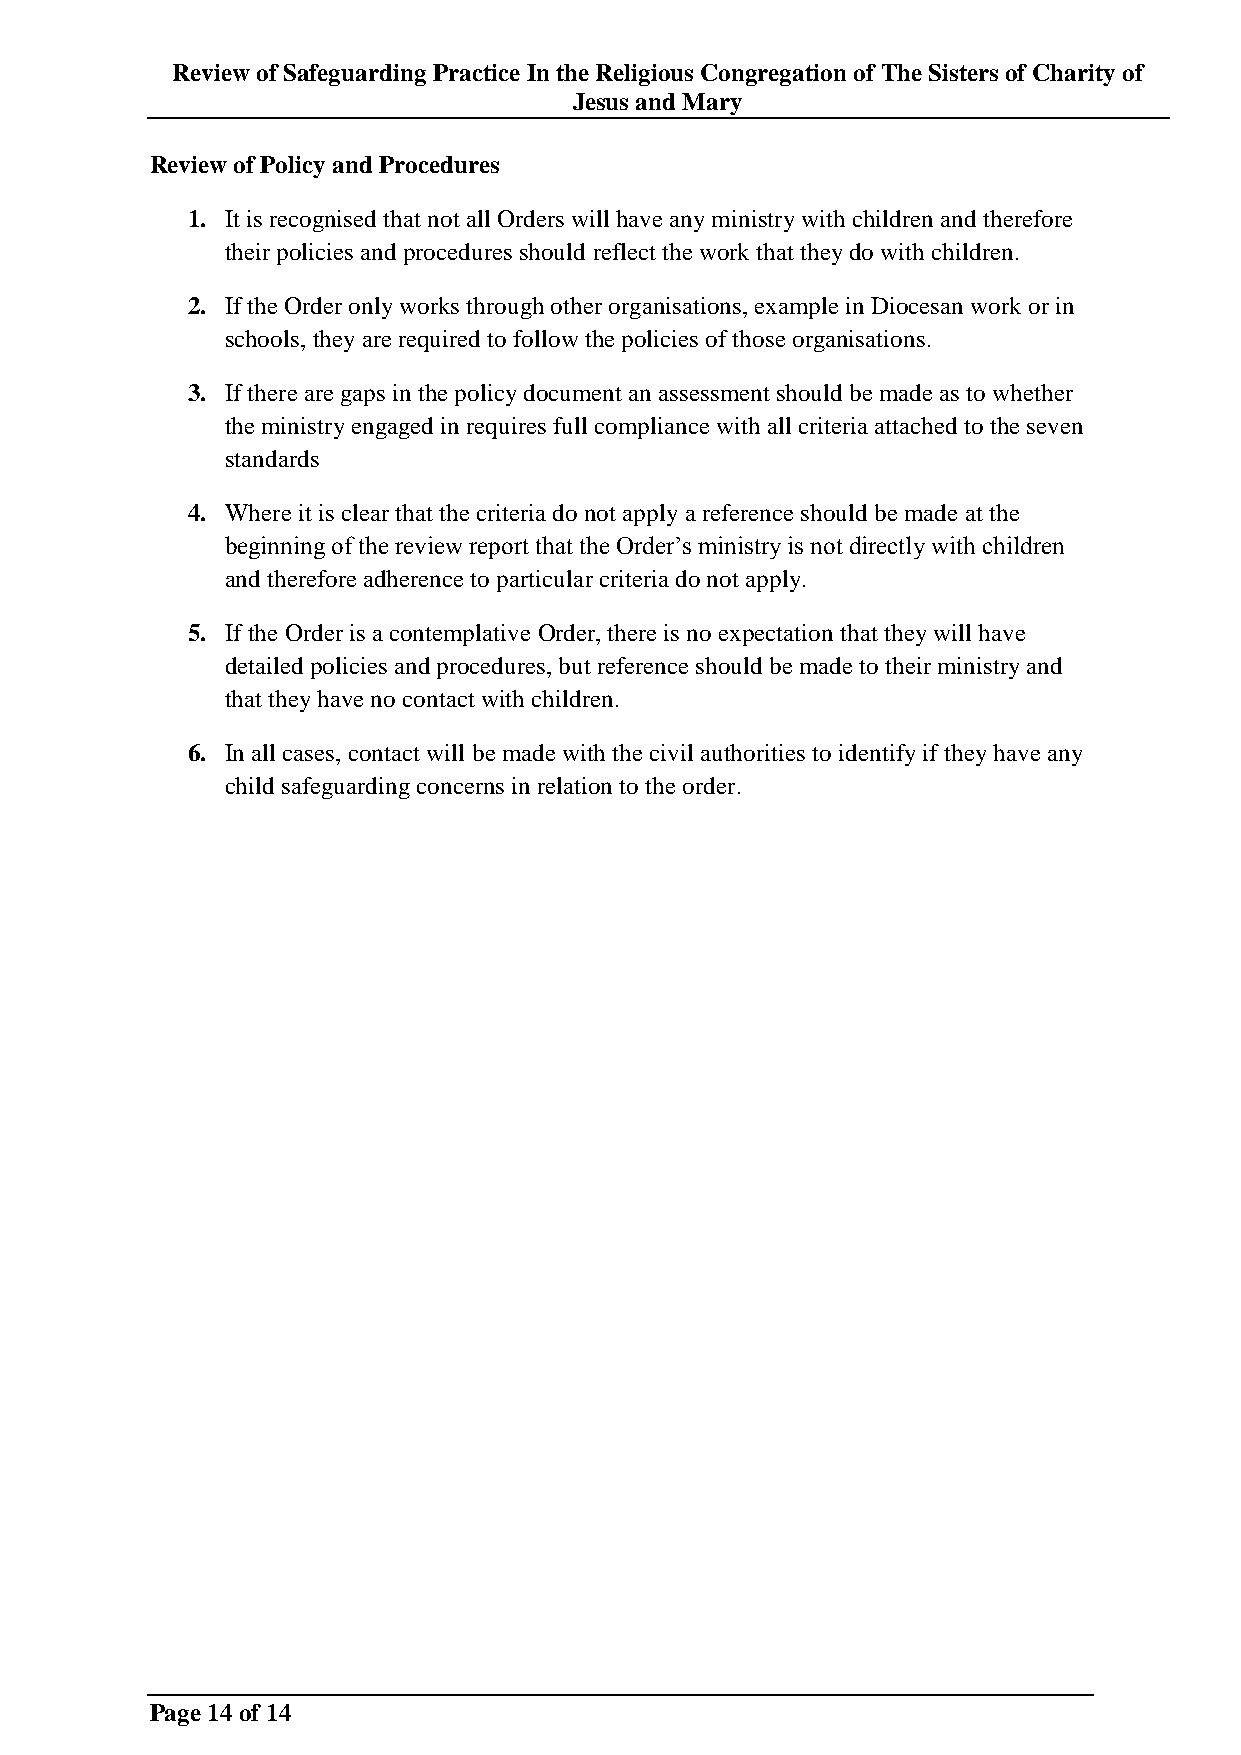
Review of Safeguarding Practice In the Religious Congregation of The Sisters of Charity of
 Jesus and Mary
 Review of Policy and Procedures
 1. It is recognised that not all Orders will have any ministry with children and therefore
 their policies and procedures should reflect the work that they do with children.
 2. If the Order only works through other organisations, example in Diocesan work or in
 schools, they are required to follow the policies of those organisations.
 3. If there are gaps in the policy document an assessment should be made as to whether
 the ministry engaged in requires full compliance with all criteria attached to the seven
 standards
 4. Where it is clear that the criteria do not apply a reference should be made at the
 beginning of the review report that the Order‟s ministry is not directly with children
 and therefore adherence to particular criteria do not apply.
 5. If the Order is a contemplative Order, there is no expectation that they will have
 detailed policies and procedures, but reference should be made to their ministry and
 that they have no contact with children.
 6. In all cases, contact will be made with the civil authorities to identify if they have any
 child safeguarding concerns in relation to the order.
 Page 14 of 14